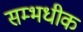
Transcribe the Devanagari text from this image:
सम्भधीक